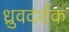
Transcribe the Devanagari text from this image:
ध्रुवदर्शक